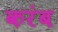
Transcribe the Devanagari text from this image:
करंब